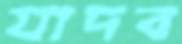
যাদব